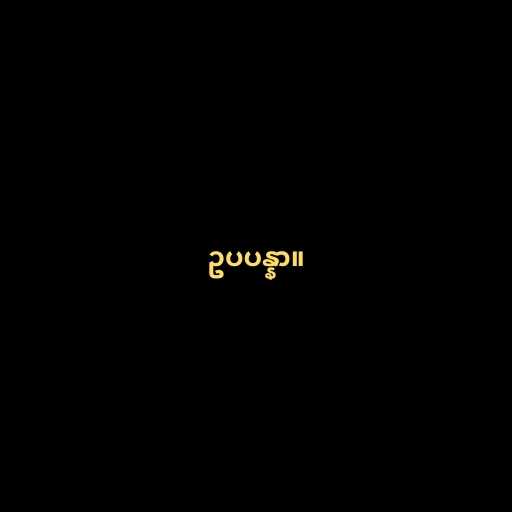
ဥပပန္နာ။